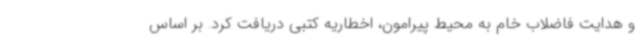
و هدایت فاضلاب خام به محیط پیرامون، اخطاریه کتبی دریافت کرد. بر اساس